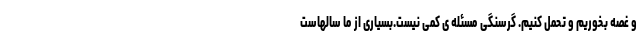
و غصه بخوریم و تحمل کنیم. گرسنگی مسئله ی کمی نیست.بسیاری از ما سالهاست